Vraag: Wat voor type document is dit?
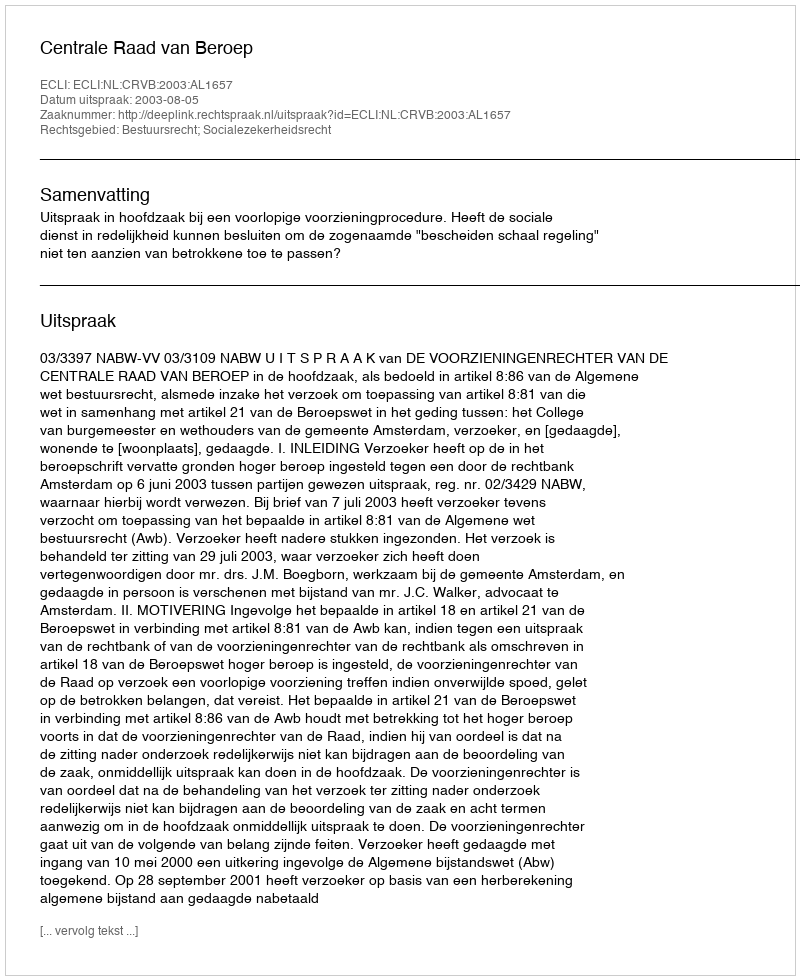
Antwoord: Uitspraak